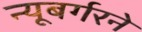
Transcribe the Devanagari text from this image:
न्यूबर्गरने